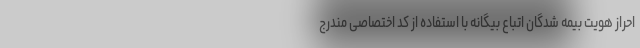
احراز هویت بیمه شدگان اتباع بیگانه با استفاده از کد اختصاصی مندرج